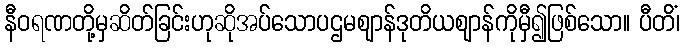
နီဝရဏတို့မှဆိတ်ခြင်းဟုဆိုအပ်သောပဌမဈာန်ဒုတိယဈာန်ကိုမှီ၍ဖြစ်သော။ ပီတိံ၊